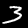
Label: 3